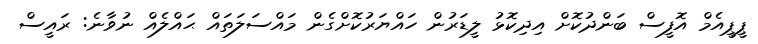
ޕީޕީއެމް އޮފީސް ބަންދުކޮށް އިދިކޮޅު ލީޑަރުން ހައްޔަރުކޮށްގެން މައްސަލަތައް ޙައްލެއް ނުވާނެ: ރައީސް